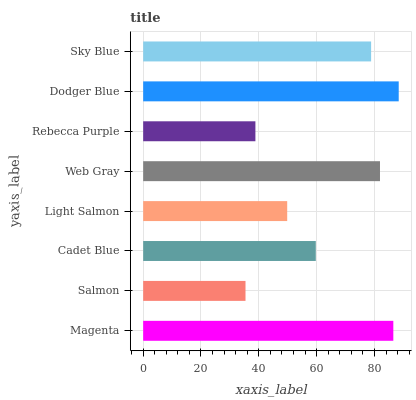
| yaxis_label | bars |
 | --- | --- |
 | Magenta | 86.5 |
 | Salmon | 35.4 |
 | Cadet Blue | 59.7 |
 | Light Salmon | 49.8 |
 | Web Gray | 81.9 |
 | Rebecca Purple | 38.8 |
 | Dodger Blue | 88.4 |
 | Sky Blue | 78.8 |